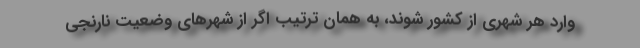
وارد هر شهری از کشور شوند، به همان ترتیب اگر از شهرهای وضعیت نارنجی